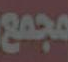
مجمع